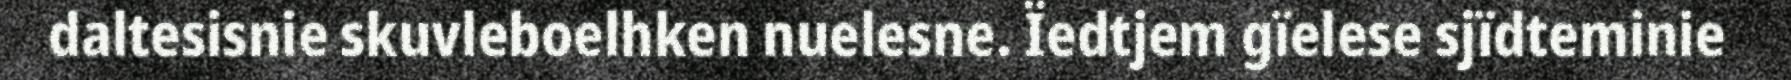
daltesisnie skuvleboelhken nuelesne. Ïedtjem gïelese sjïdteminie